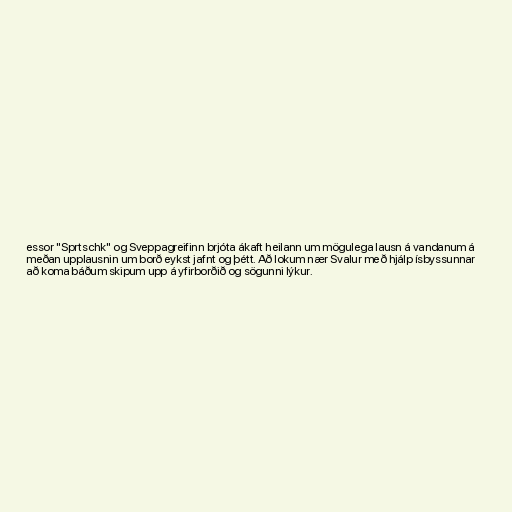
essor "Sprtschk" og Sveppagreifinn brjóta ákaft heilann um mögulega lausn á vandanum á
meðan upplausnin um borð eykst jafnt og þétt. Að lokum nær Svalur með hjálp ísbyssunnar
að koma báðum skipum upp á yfirborðið og sögunni lýkur.